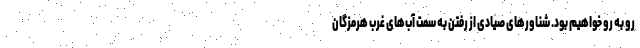
رو به رو خواهیم بود. شناورهای صیادی از رفتن به سمت آب‌های غرب هرمزگان